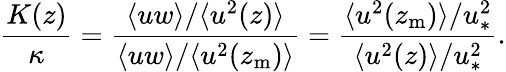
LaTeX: \frac{K(z)}{\kappa}=\frac{\langle uw\rangle/\langle u^{2}(z)\rangle}{\langle uw\rangle/\langle u^{2}(z_{\mathrm{m}})\rangle}=\frac{\langle u^{2}(z_{\mathrm{m}})\rangle/u_{\ast}^{2}}{\langle u^{2}(z)\rangle/u_{\ast}^{2}}.